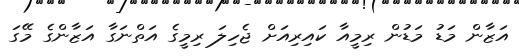
އަޒާން މަޑު މަޑުން ރިމީއާ ކައިރިއަށް ޖެހިލަަ ރިމީގެ އަތްނަގާ އަޒާންގެ މޭގަ